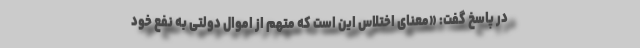
در پاسخ گفت: «معنای اختلاس این است که متهم از اموال دولتی به نفع خود